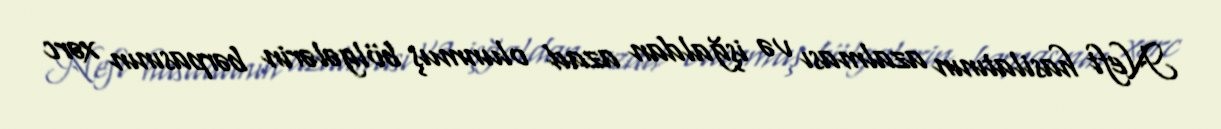
Neft hasilatının azalması və işğaldan azad olunmuş bölgələrin bərpasının xərc